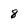
Character: 8